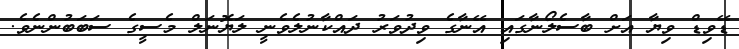
ޑޭވިޑް ވިޔާ އަށް ބާސެލޯނާގައި އޭނާގެ ވިދުވަރު ދައްކާނުލެވެނީ ލަޔޮނަލް މެސީގެ ސަބަބުންނެވެ.